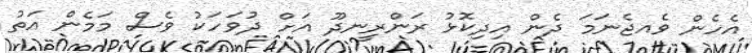
އެހެން ވެއޖެނަމަ ދެން އިދިކޮޅު ރަންރީނދޫ އަށް ދުވަހަކު ވެސް މަމެން އަތު